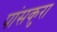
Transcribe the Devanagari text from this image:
पांसकुरा